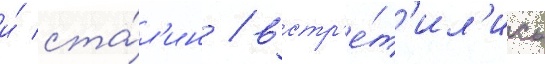
и́ ста́л'ин / встр'е́т'ил'ись